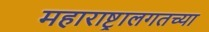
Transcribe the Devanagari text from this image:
महाराष्ट्रालगतच्या